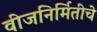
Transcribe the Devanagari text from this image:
वीजनिर्मितीचे